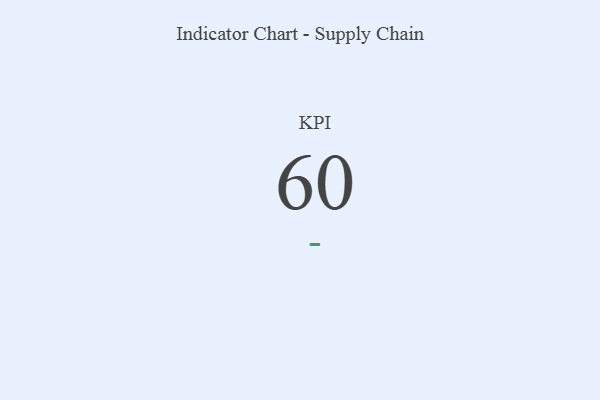
{"axis": {"x": "KPI", "y": "Value"}, "legend": [""], "data": [{"x": "KPI", "y": 60, "type": ""}]}